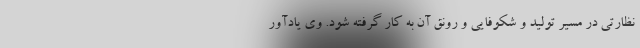
نظارتی در مسیر تولید و شکوفایی و رونق آن به کار گرفته شود. وی یادآور